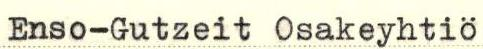
Enso-Gutzeit Osakeyhtiö